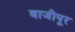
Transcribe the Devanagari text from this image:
बाजीपूर